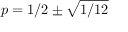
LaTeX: p = 1 / 2 \pm { \sqrt { 1 / 1 2 } }